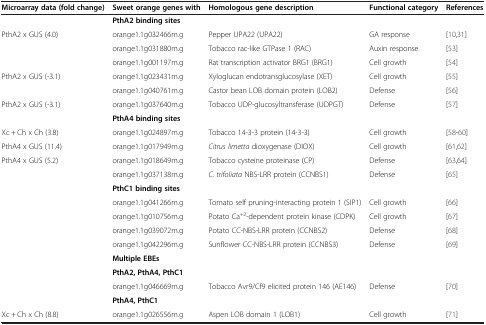
<table><thead><tr><td><b>Microarray data (fold change)</b></td><td><b>Sweet orange genes with</b></td><td><b>Homologous gene description</b></td><td><b>Functional category</b></td><td><b>References</b></td></tr></thead><tbody><tr><td> </td><td><b>PthA2 binding sites</b></td><td> </td><td> </td><td> </td></tr><tr><td>PthA2 x GUS (4.0)</td><td>orange1.1g032466m.g</td><td>Pepper UPA22 (UPA22)</td><td>GA response</td><td>[10,31]</td></tr><tr><td> </td><td>orange1.1g031880m.g</td><td>Tobacco rac-like GTPase 1 (RAC)</td><td>Auxin response</td><td>[53]</td></tr><tr><td> </td><td>orange1.1g001197m.g</td><td>Rat transcription activator BRG1 (BRG1)</td><td>Cell growth</td><td>[54]</td></tr><tr><td>PthA2 x GUS (-3.1)</td><td>orange1.1g023431m.g</td><td>Xyloglucan endotransglucosylase (XET)</td><td>Cell growth</td><td>[55]</td></tr><tr><td> </td><td>orange1.1g040761m.g</td><td>Castor bean LOB domain protein (LOB2)</td><td>Defense</td><td>[56]</td></tr><tr><td>PthA2 x GUS (-3.1)</td><td>orange1.1g037640m.g</td><td>Tobacco UDP-glucosyltransferase (UDPGT)</td><td>Defense</td><td>[57]</td></tr><tr><td> </td><td><b>PthA4 binding sites</b></td><td> </td><td> </td><td> </td></tr><tr><td>Xc + Ch x Ch (3.8)</td><td>orange1.1g024897m.g</td><td>Tobacco 14-3-3 protein (14-3-3)</td><td>Cell growth</td><td>[58-60]</td></tr><tr><td>PthA4 x GUS (11.4)</td><td>orange1.1g017949m.g</td><td><i>Citrus limetta</i> dioxygenase (DIOX)</td><td>Cell growth</td><td>[61,62]</td></tr><tr><td>PthA4 x GUS (5.2)</td><td>orange1.1g018649m.g</td><td>Tobacco cysteine proteinase (CP)</td><td>Defense</td><td>[63,64]</td></tr><tr><td> </td><td>orange1.1g037138m.g</td><td><i>C. trifoliata</i> NBS-LRR protein (CCNBS1)</td><td>Defense</td><td>[65]</td></tr><tr><td> </td><td><b>PthC1 binding sites</b></td><td> </td><td> </td><td> </td></tr><tr><td> </td><td>orange1.1g041266m.g</td><td>Tomato self pruning-interacting protein 1 (SIP1)</td><td>Cell growth</td><td>[66]</td></tr><tr><td> </td><td>orange1.1g010756m.g</td><td>Potato Ca<sup>+2</sup>-dependent protein kinase (CDPK)</td><td>Cell growth</td><td>[67]</td></tr><tr><td> </td><td>orange1.1g039072m.g</td><td>Potato CC-NBS-LRR protein (CCNBS2)</td><td>Defense</td><td>[68]</td></tr><tr><td> </td><td>orange1.1g042296m.g</td><td>Sunflower CC-NBS-LRR protein (CCNBS3)</td><td>Defense</td><td>[69]</td></tr><tr><td> </td><td><b>Multiple EBEs</b></td><td> </td><td> </td><td> </td></tr><tr><td> </td><td><b>PthA2, PthA4, PthC1</b></td><td> </td><td> </td><td> </td></tr><tr><td> </td><td>orange1.1g046669m.g</td><td>Tobacco Avr9/Cf9 elicited protein 146 (AE146)</td><td>Defense</td><td>[70]</td></tr><tr><td> </td><td><b>PthA4, PthC1</b></td><td> </td><td> </td><td> </td></tr><tr><td>Xc + Ch x Ch (8.8)</td><td>orange1.1g026556m.g</td><td>Aspen LOB domain 1 (LOB1)</td><td>Cell growth</td><td>[71]</td></tr></tbody></table>